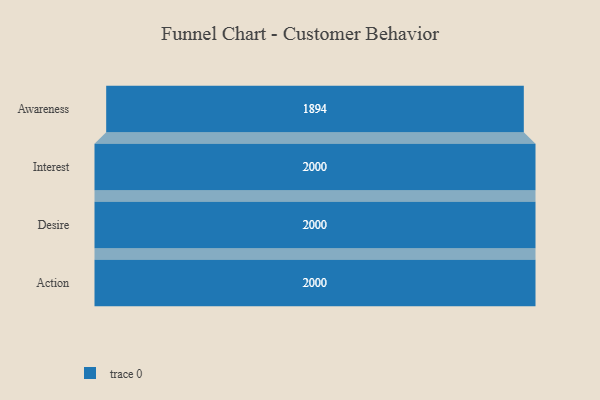
{"axis": {"x": "Stage", "y": "Value"}, "legend": [""], "data": [{"x": "Awareness", "y": 1894.0, "type": ""}, {"x": "Interest", "y": 2000, "type": ""}, {"x": "Desire", "y": 2000, "type": ""}, {"x": "Action", "y": 2000, "type": ""}]}